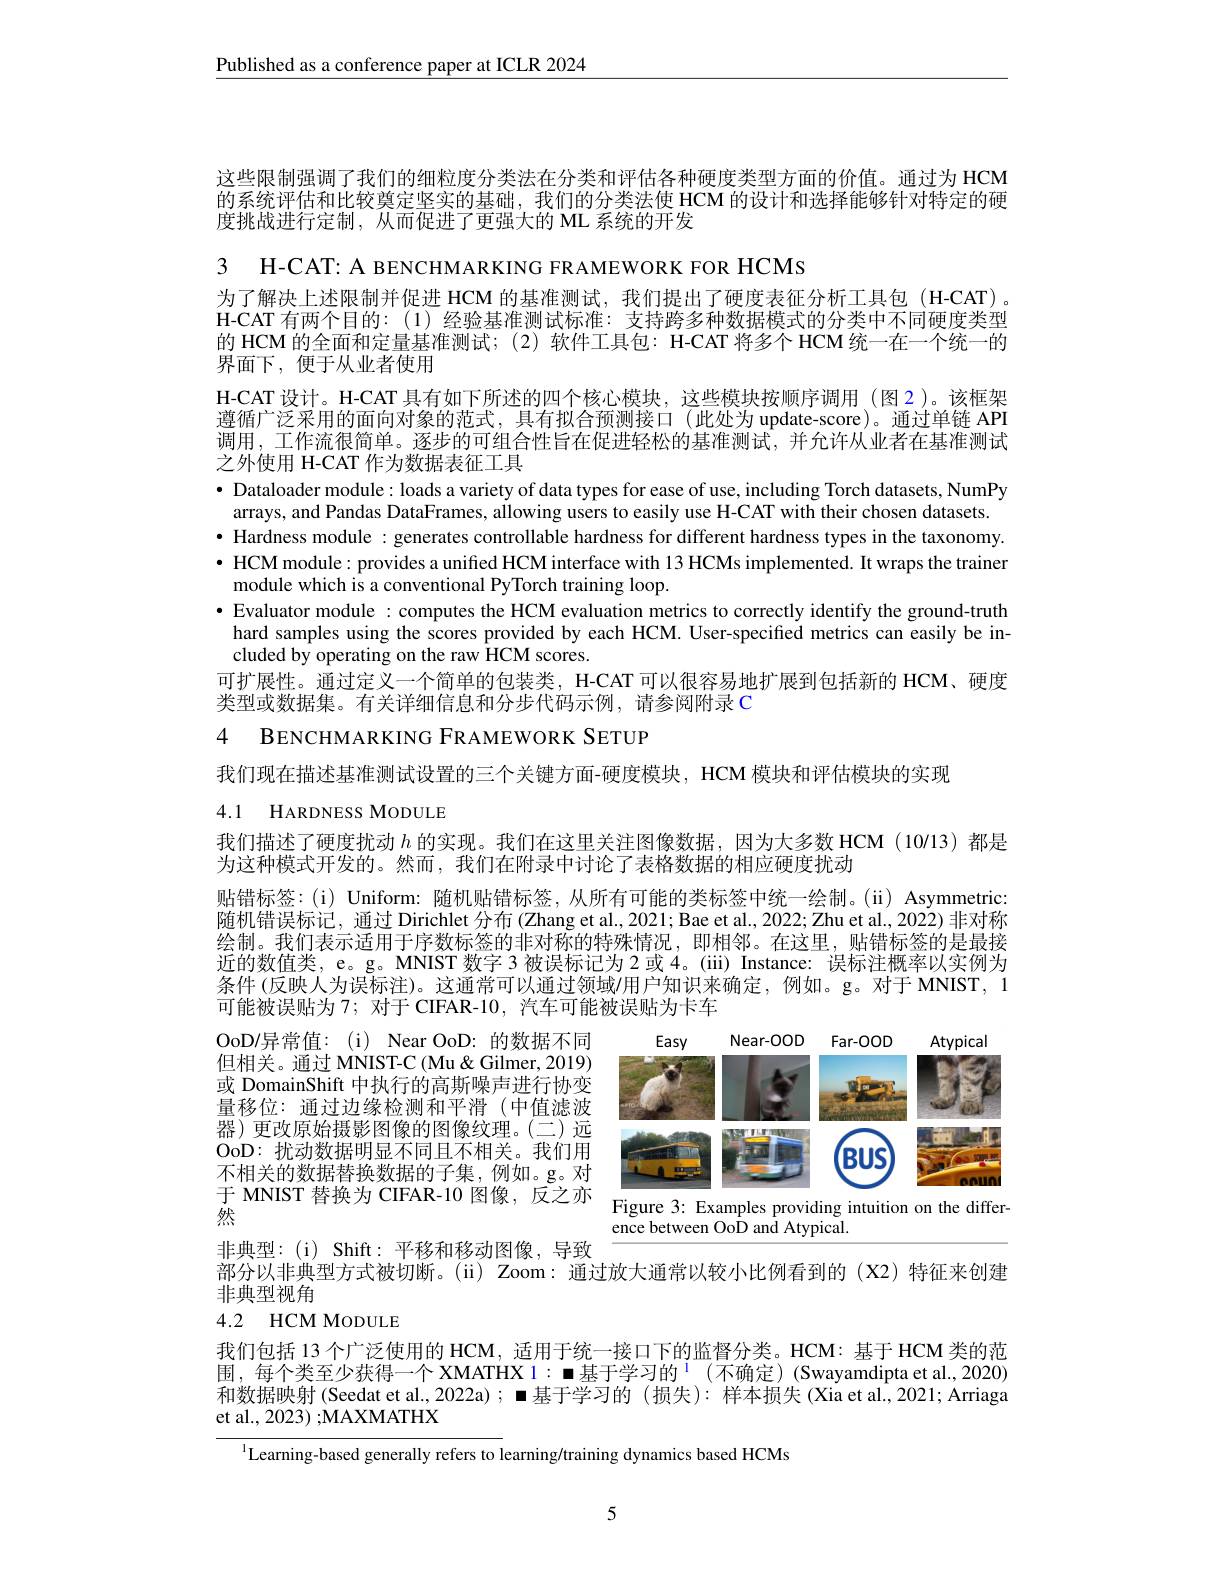
$\underline{\text{Published as a conference paper at ICLR 2024}}$

这些限制强调了我们的细粒度分类法在分类和评估各种硬度类型方面的价值。通过为 HCM 的系统评估和比较奠定坚实的基础，我们的分类法使 HCM 的设计和选择能够针对特定的硬度挑战进行定制，从而促进了更强大的 ML 系统的开发

3 H-CAT: A BENCHMARKING FRAMEWORK FOR HCMs
为了解决上述限制并促进 HCM 的基准测试，我们提出了硬度表征分析工具包 (H-CAT) 。H-CAT 有两个目的：(1) 经验基准测试标准：支持跨多种数据模式的分类中不同硬度类型的 HCM 的全面和定量基准测试；(2) 软件工具包：H-CAT 将多个 HCM统一在一个统一的界面下，便于从业者使用
H-CAT 设计。H-CAT 具有如下所述的四个核心模块，这些模块按顺序调用 (图 2 )。该框架遵循广泛采用的面向对象的范式，具有拟合预测接口(此处为 update-score)。通过单链 API 调用，工作流很简单。逐步的可组合性旨在促进轻松的基准测试，并允许从业者在基准测试之外使用 H-CAT 作为数据表征工具
· Dataloader module: loads a variety of data types for ease of use, including Torch datasets, NumPy
arrays, and Pandas DataFrames, allowing users to easily use H-CAT with their chosen datasets. · Hardness module : generates controllable hardness for different hardness types in the taxonomy. $\bullet$ HCM module: provides a unified HCM interface with 13 HCMs implemented. It wraps the trainer
module which is a conventional PyTorch training loop.
· Evaluator module : computes the HCM evaluation metrics to correctly identify the ground-truth
hard samples using the scores provided by each HCM. User-specified metrics can easily be in-
cluded by operating on the raw HCM scores.
可扩展性。通过定义一个简单的包装类，H-CAT 可以很容易地扩展到包括新的 HCM、硬度
类型或数据集。有关详细信息和分步代码示例，请参阅附录 C

4 BENCHMARKING FRAMEWORK SETUP

我们现在描述基准测试设置的三个关键方面-硬度模块，HCM 模块和评估模块的实现
4.1 HARDNESS MODULE

我们描述了硬度扰动$h$的实现。我们在这里关注图像数据，因为大多数 HCM (10/13) 都是
为这种模式开发的。然而，我们在附录中讨论了表格数据的相应硬度扰动

贴错标签：(i) Uniform: 随机贴错标签，从所有可能的类标签中统一绘制。(ii) Asymmetric: 随机错误标记，通过 Dirichlet 分布 (Zhang et al.,2021; Bae et al..2022; Zhu et al., 2022) 非对称绘制。我们表示适用于序数标签的非对称的特殊情况，即相邻。在这里，贴错标签的是最接近的数值类，e。g。MNIST 数字 3 被误标记为 2 或 4。(iii) Instance: 误标注概率以实例为条件 (反映人为误标注)。这通常可以通过领域/用户知识来确定，例如。g。对于 MNIST, 1可能被误贴为 7; 对于 CIFAR-10, 汽车可能被误贴为卡车

<FigureHere>
于 MNIST 替换为 CIFAR-10 图像，反之亦 Figure 3: Examples providing intuition on the differ-

OoD/异常值：(i) Near OoD: 的数据不同但相关。通过 MNIST-C (Mu&Gilmer,2019) 或 DomainShift 中执行的高斯噪声进行协变量移位：通过边缘检测和平滑(中值滤波器) 更改原始摄影图像的图像纹理。(二)远OoD: 扰动数据明显不同且不相关。我们用不相关的数据替换数据的子集，例如。g。对然

ence between OoD and Atypical.

非典型：(i) Shift:平移和移动图像，导致
部分以非典型方式被切断。(ii) Zoom: 通过放大通常以较小比例看到的 (X2)特征来创建
非典型视角
4.2 HCM MoDULE

我们包括 13 个广泛使用的 HCM, 适用于统一接口下的监督分类。HCM: 基于 HCM 类的范围，每个类至少获得一个 XMATHX I: ◼基于学习的$^1$ (不确定)(Swayamdipta et al., 2020) 和数据映射 (Seedat et al., 2022a) ; ◼基于学习的 (损失): 样本损失 (Xia et al., 2021; Arriaga et al., 2023) ;MAXMATHX

Learning-based generally refers to learning/training dynamics based HCMs

5